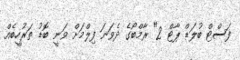
ފަސްޓް ބުލަޑް ޕާޓް 2" ރާމްބޯގެ ދެވަނަ ފިލްމަށް ވަނީ ބޮޑު ތަރުހީބެއް